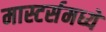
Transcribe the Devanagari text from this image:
मास्टर्समध्ये